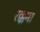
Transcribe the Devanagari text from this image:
रक्कमा